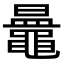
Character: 𪓲